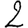
Digit: 2